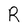
Character: R